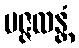
ပဇ္ဇလန္တံ